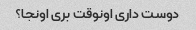
دوست داری اونوقت بری اونجا؟